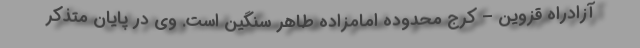
آزادراه قزوین – کرج محدوده امامزاده طاهر سنگین است. وی در پایان متذکر